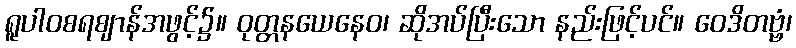
ရူပါဝစရဈာန်အဖွင့်၌။ ဝုတ္တနယေနေဝ၊ ဆိုအပ်ပြီးသော နည်းဖြင့်ပင်။ ဝေဒိတဗ္ဗံ၊